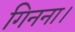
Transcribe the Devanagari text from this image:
गिनना।